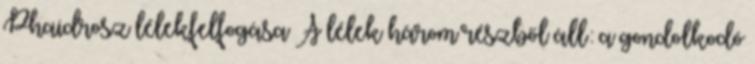
Phaidrosz lélekfelfogása A lélek három részből áll: a gondolkodó